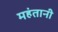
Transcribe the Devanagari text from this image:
महंतानी